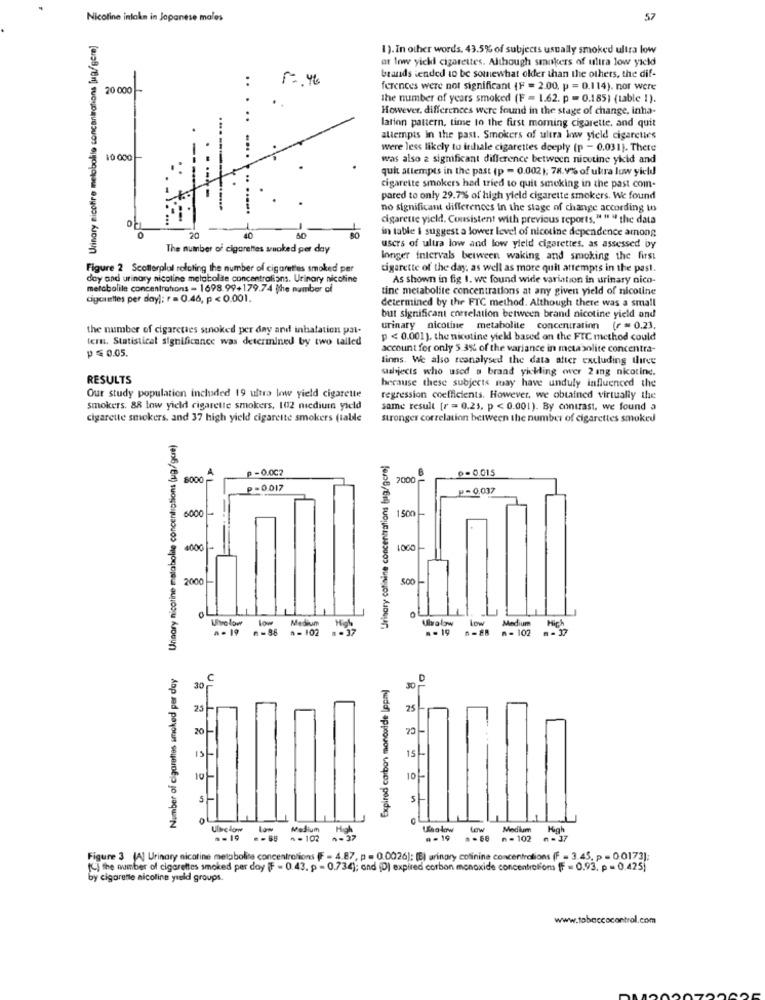
Nicotine intake in Japanese males
57
Urinary nicofire metabolile concanirations [ug/gere]
1). In other words, 43.5% of subjects usually smoked ultra low
ar low yickl cigarettes. Although smokers of ultra low yield
..
brands tended to be somewhat older than the others, the dif-
20 000 -
ferences were not significant (F = 2.00, p = 0.114). nor were
the number of years smoked (F = 1.62. p = 0.185) (table !).
However, differences were found in the stage of change, inha-
lation pattern, time to the first moming cigarette, and quit
attempts in the past. Smokers of ultra low yield cigareties
were less likely to inhale cigarettes deeply (p - 0.031). Thete
10 000
was also a significant difference between nicotine yicid and
quit attempts in the past (p = 0.002); 78.9% of ukra luw yield
cigarette smokers had tried to quit smoking in the past com-
pared to only 29.7% of high yield cigarette smokers. We found
no significant differences in the stage of change according to
cigarette yield. Consistent with previous reports," " " the data
in table i suggest a lower level of nicotine dependence among
20
40
The number of cigarettes smoked per day
users of ultra low and low yield cigarettes, as assessed by
longer intervals between waking and smoking the first
Figure 2 Scollerplal relating the number of cigarettes smoked per
cigarette of the day, as well as more quit attempts in the past.
day and urinary nicotine metabolde concentrations. Urinary nicotine
As shown in fig 1. we found wide variation in urinary nico-
metabolile concentrations - 1698.99+179.74 the number of
tine metabolite concentrations at any given yield of nicotine
cigarettes per day); r = 0.46, p < 0.001.
determined by the FTC method. Although there was a small
but significant correlation between brand nicotine yield ond
the number of cigarettes stnoked per day and inhalation pat-
urinary nicotine metabolite concentration (r = 0.23,
tern. Statistical significance was determined by two tailed
p < 0.001). the nicotine yiekl based on the FTC method could
P = 0.05.
account for only 5.3% of the variance in metabolite concentra-
finns. We also reanalysed the data after excluding three
subjects who used a brand yickling (wer 2 ang nicotine.
RESULTS
because these subjects may have unduly influenced the
Our study population included 19 ultra low yield cigarette
regression coefficients. However, we obtained virtually the
smokers. 88 low yield cigarette smokers, 102 medium yield
same result [r = 0.25, p < 0.001). By contrast, we found a
cigarette smokers. and 37 high yield cigarette smokers (table
stronger correlation between the number of cigarettes smoked
Urinary nicotine matabolite concentrations (ug/gue)
Urinary colinine concentrations (ug/gcrej
p -0.002
0-0.015
8000
A
7000
P-0.017
p- 0.037
6000 -
1500
4000 -
1000
2000 -
Utrolow low Medium
Ulvalow Low
Medium
High
.- 19 -88 n=102
.. 17
. . 19
0-88
n - 102
-- 37
Number of cigarettes smoked per day
-in
C
Expired carbon monoxide (ppm)
D
30
30
25
20
15/-
10
5
Ulbelow
Medium
High
Low
Medium
High
.- 19
n - 102
1-37
n - 19
₼ - 102
n - 37
Figure 3 (A] Urinary nicotine metabolite concentrations (F = 4.87, p = 0.0026); (B) aringry colinine concentrations (F - 3.45, p = 0.0173];
(C) the number of cigarettes smoked per day (F - 0.43. p = 0.734); and (D) expired carbon monoxide concentrations [F = 0.93, p = 0.425)
by cigarette nicoline yield groups.
www.tobaccocontrol.com